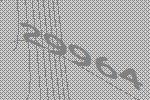
29964